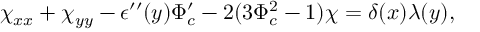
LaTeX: \chi _ { x x } + \chi _ { y y } - \epsilon ^ { \prime \prime } ( y ) \Phi _ { c } ^ { \prime } - 2 ( 3 \Phi _ { c } ^ { 2 } - 1 ) \chi = \delta ( x ) \lambda ( y ) ,